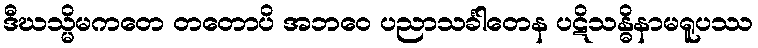
ဒီဃသ္မိမကတေ တတောပိ အဘဝေ ပညာသင်္ခါတေန ပဋိသန္ဓိနာမရူပဿ